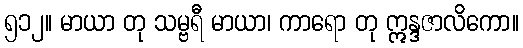
၅၁၂။ မာယာ တု သမ္ဗရီ မာယာ၊ ကာရော တု ဣန္ဒဇာလိကော။